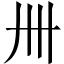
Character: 卌